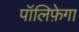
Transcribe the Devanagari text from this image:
पॉलिफ़ेगा